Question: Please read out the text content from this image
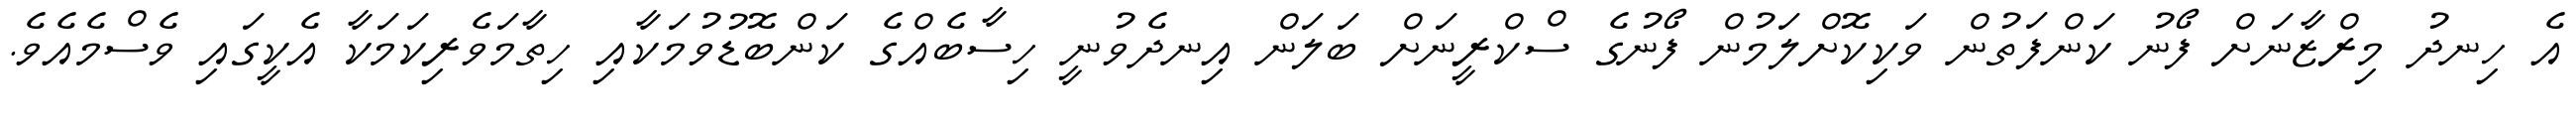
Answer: އެ ހިނދު މިރްޒާނަށް ފޯނު ކަންފަތުން ވަކިކޮށްލަމުން ފޯނުގެ ސްކްރީނަށް ބަލަން އިނދެވުނީ ހިސާބެއްގެ ކަންބޮޑުވުމަކާއި ހިތާމަވެރިކަމަކާ އެކީގައި ވެސްމެއެވެ.